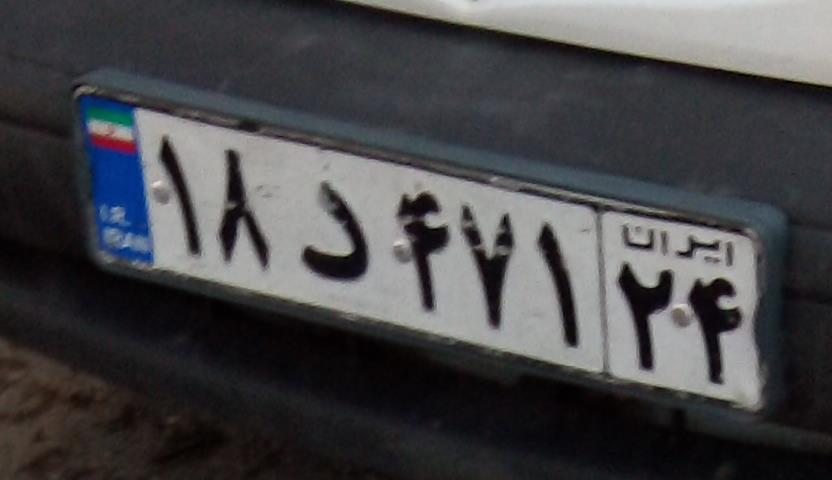
۱۸د۴۷۱۲۴